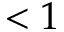
< 1